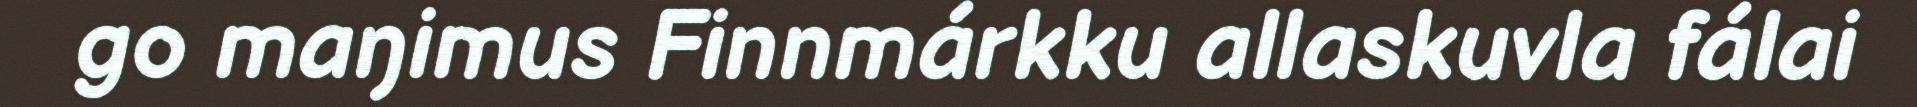
go maŋimus Finnmárkku allaskuvla fálai